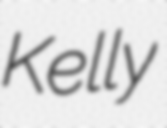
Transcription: Kelly